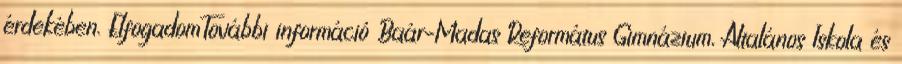
érdekében. ElfogadomTovábbi információ Baár–Madas Református Gimnázium, Általános Iskola és